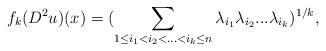
LaTeX: \begin{align*}f_k(D^2u)(x)=(\sum_{1\leq i_1<i_2<...<i_k \leq n}{\lambda_{i_1}\lambda_{i_2}...\lambda_{i_k}})^{1/k},\end{align*}